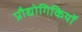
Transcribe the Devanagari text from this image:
प्रौद्योगिकियॉ